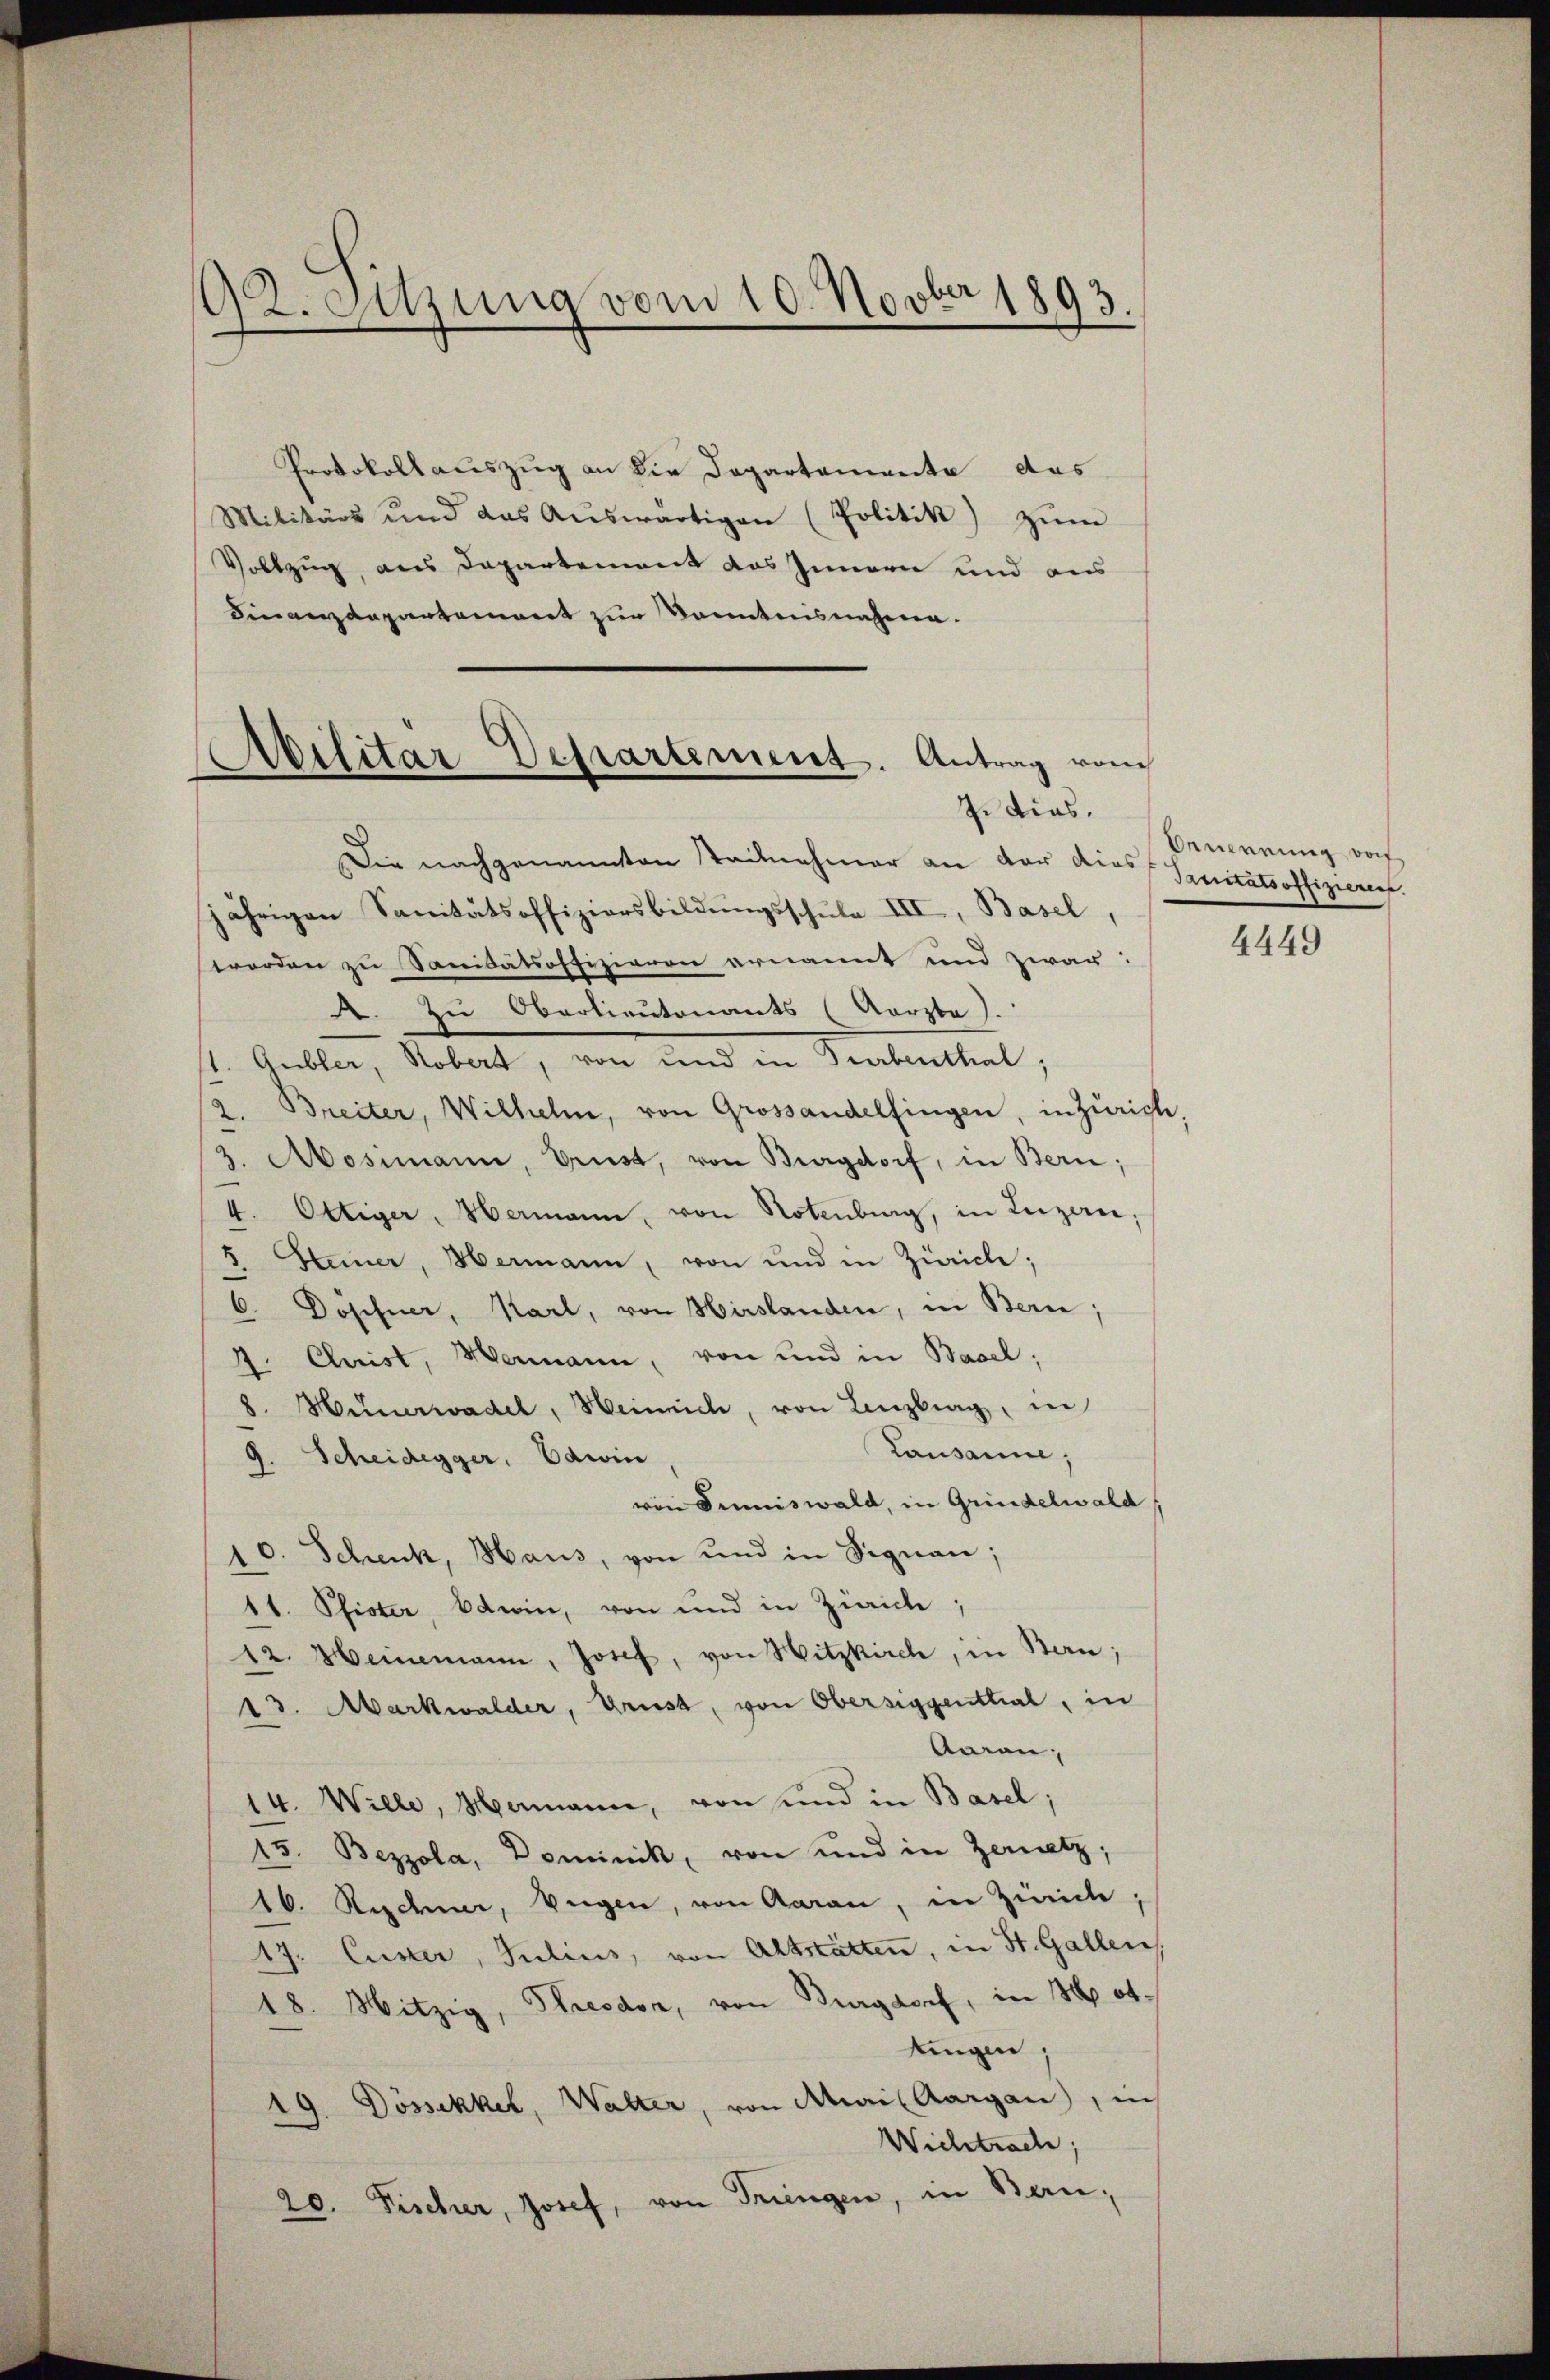
2. Sitzung vom 10. Novber 1893.

Protokollauszug an die Departemente das
Militärs und das Aŭswärtigen (Politik) zŭm
Vollzug aus Departement das Innern und aus
Finanzdepartement zur Kenntnisnahme.

Abilitär Departement. Antrag vom
In dies.

Die nachgenannten Teilnehmer an der dies Sanitätsoffizieren.
jährigen Sanitätsoffiziersbildungsschule III, Basel,
werden zu Sanidatsoffizieren ernannt und zwar:
A. Zu Oberlieutenants (Aarzta).
st. Gubler, Robert, von und in Turbenthal;
/2. Breiter, Wilhelm, von Grossandelfingen, in Zürich
3. Mosimann, Grust, von Burgdorf, in Bern;
4. Ottiger, Hermann, von Notenburg, in Luzern
5 Hainer, Hermann, von und in Zürich;
6 Döpfner, Karl, von Hirslanden, in Bern;
4. Christ, Hermann, von und in Basel;
8. Hünerwadel, Weinrich, von Lenzbrag, in
Lausanne,
9. Scheidegger. Edwin
von Dimiswald, in Grindelwald
10. Schenk, Haus, von und in Signan;
1t. Pfister, Edwin, von und in Zürich;
12. Heinemann, Josef, von Hitzkirch, in Stan;
13. Markwalder, Brust, von Obersiggenthal, in
Aarau,
14. Wille, Mamann, von und in Basel;
15. Bezzola, Dominik, von und in Zernatz;
16. Rechner, wegen, von Aarau, in Zürich,
17. Cuser, Julius, von Altstätten, in St. Gallen
18. Mitzig, Theodor, von Burgdorf, in Hot
tingen
19. Dössekker, Walter, von Mai (Aargau, in
Wichetracte,
20. Fischer, Josef, von Tringen, in Bern,

Benennung von

4449